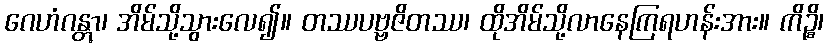
ဂေဟံဂန္တွာ၊ အိမ်သို့သွားလေ၍။ တဿပဗ္ဗဇိတဿ၊ ထိုအိမ်သို့လာနေကြရဟန်းအား။ ကိဉ္စိ၊